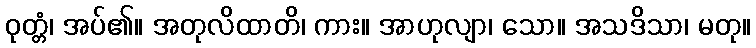
ဝုတ္တံ၊ အပ်၏။ အတုလိထာတိ၊ ကား။ အာဟုလျာ၊ သော။ အသဒိသာ၊ မတု။